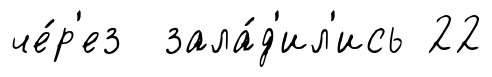
че́р'ез зала́д'ил'ись 22